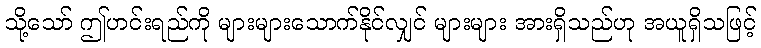
သို့သော် ဤဟင်းရည်ကို များများသောက်နိုင်လျှင် များများ အားရှိသည်ဟု အယူရှိသဖြင့်